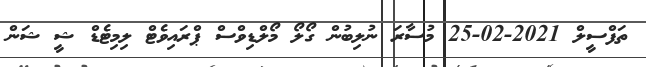
ތަފްސީލް 2021-02-25 މުސާރަ ނުލިބުން ގޯލޯ މޯލްޑިވްސް ޕްރައިވެޓް ލިމިޓެޑް ޝީ ޝަން